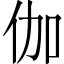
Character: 伽